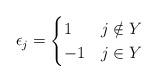
LaTeX: \begin{align*}\epsilon_j = \begin{cases} 1 & j \notin Y \\-1 & j \in Y\end{cases}\end{align*}